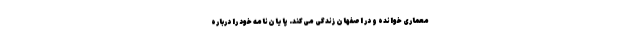
معماری خوانده و در اصفهان زندگی می‌کند. پایان‌نامه خود را درباره